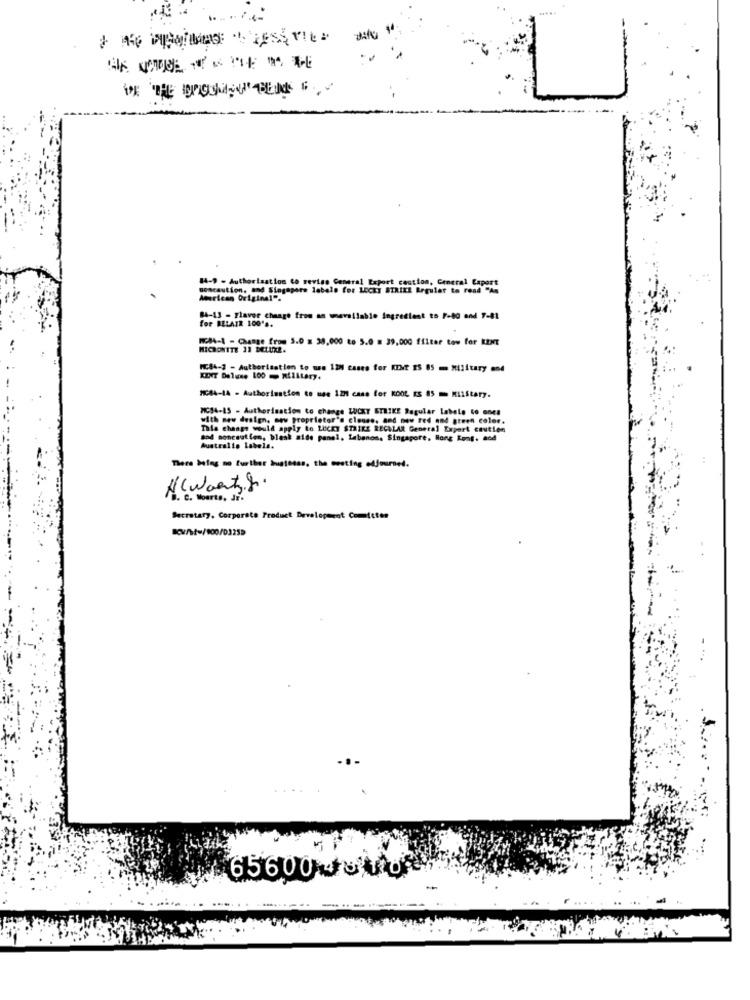
1
14-9 - Authorization to revise General Export caction, General Export
comcaution, and Singapore labels for LECKT STRIKE Regular to read "An
84-13 - Flavor change from an whoavailable ingredient to F-80 and 7-81
for BELAIR 100's.
MG44-1 - Change from 5.0 # 38,000 to 5.0 = 39.000 filter tow for RENT
MICRONITE 11 DELUXE.
MC84-2 - Authorisation to wa 12M cases for KENT 25 85 = Military and
KINT Delene 100 - Military.
MC44-14 - Authorisation to me. 12H case for KOOL KS 85 - KilStary.
MCS4-15 - Authorisation to change LUCKY STRIKE Regular labele to ones
with new design. now proprietor's clouse. and now red and green color.
This change would apply to LUCKY STRIKE REGULAR General Expert Caution
sod moncaution, blesk aide panel, Lebanon, Singapore, Hong Kong. and
Australie Labels.
There bolag no further brugtetas, the meeting adjourned.
(( wants ).
Secretary, Corporate Product Development Commiteten
Kw/t=/900/03259
65600 to